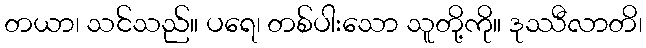
တယာ၊ သင်သည်။ ပရေ၊ တစ်ပါးသော သူတို့ကို။ ဒုဿီလာတိ၊